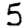
Digit: 5